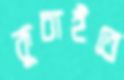
কুচাইতে